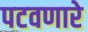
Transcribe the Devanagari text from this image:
पटवणारे